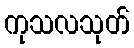
ကုသလသုတ်